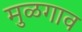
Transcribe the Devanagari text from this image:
मुळगाव